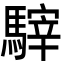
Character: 䮨